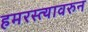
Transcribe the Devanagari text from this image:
हमरस्त्यावरुन